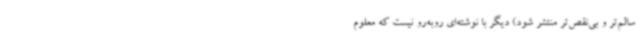
سالم‌تر و بی‌نقص‌تر منتشر شود) دیگر با نوشته‌ای روبه‌رو نیست که معلوم